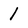
Character: 1